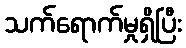
သက်ရောက်မှုရှိပြီး